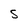
Character: S